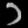
Digit: ၁